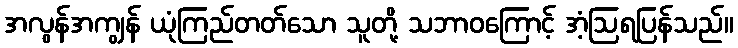
အလွန်အကျွန် ယုံကြည်တတ်သော သူတို့ သဘာဝကြောင့် အံ့ဩရပြန်သည်။